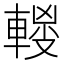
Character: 𰹜